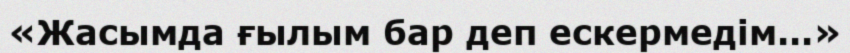
«Жасымда ғылым бар деп ескермедім...»